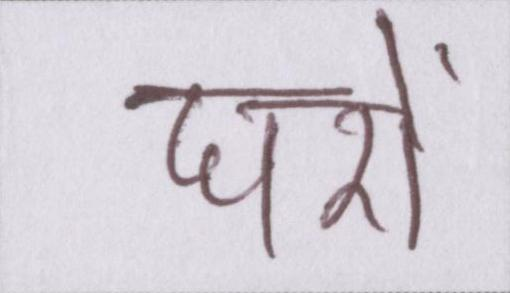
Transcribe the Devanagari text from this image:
घरों